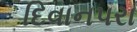
દિવાનપરા